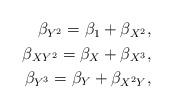
LaTeX: \begin{align*}\begin{aligned}\beta_{Y^2}= \beta_{1}+\beta_{X^2},\\\beta_{XY^2}= \beta_{X}+\beta_{X^3},\\\beta_{Y^3}= \beta_{Y}+\beta_{X^2Y},\end{aligned}\end{align*}